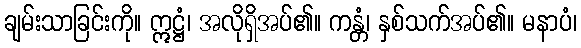
ချမ်းသာခြင်းကို။ ဣဋ္ဌံ၊ အလိုရှိအပ်၏။ ကန္တံ၊ နှစ်သက်အပ်၏။ မနာပံ၊